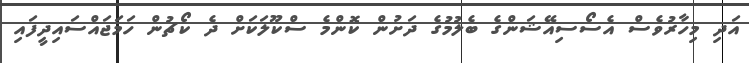
އަދި މިހާރުވެސް އެސޯސިއޭޝަންގެ ބެލުމުގެ ދަށުން ކޮންމެ ސްކޫލަކަށް ދެ ކޯޗުން ހަމަޖައްސައިދީފައި